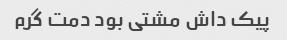
پیک داش مشتی بود دمت گرم